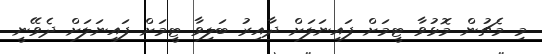
މި މެޗުން މޮޅުވާ ޓީމަށް ފައިނަލަށް ދާއިރު ބަލިވާ ޓީމަށް ފައިނަލަށް ދެވޭނީ